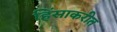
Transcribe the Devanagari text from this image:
हिंसाकरीत